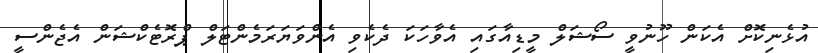
އުޅެނިކޮށް އެކަން ހޫނުވީ ސޯޝަލް މީޑިއާގައި އެވާހަކަ ދެކެވި އެންވަޔަރަމެންޓަލް ޕްރޮޓެކްޝަން އެޖެންސީ